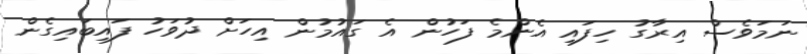
ނަމަވެސް އިރާގު ހިފައި އެންމެ ފަހުން އެ ގައުމުން އިހަށް ދުވަހު ފައިބައިގެން